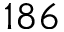
1 8 6